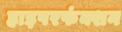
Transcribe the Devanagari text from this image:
हाइपरफंक्शन